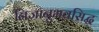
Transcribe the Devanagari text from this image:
निजानुभवसिद्ध